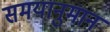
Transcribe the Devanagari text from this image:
समयानुमान